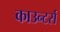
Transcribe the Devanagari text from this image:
काउन्टर्स